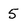
Character: 5